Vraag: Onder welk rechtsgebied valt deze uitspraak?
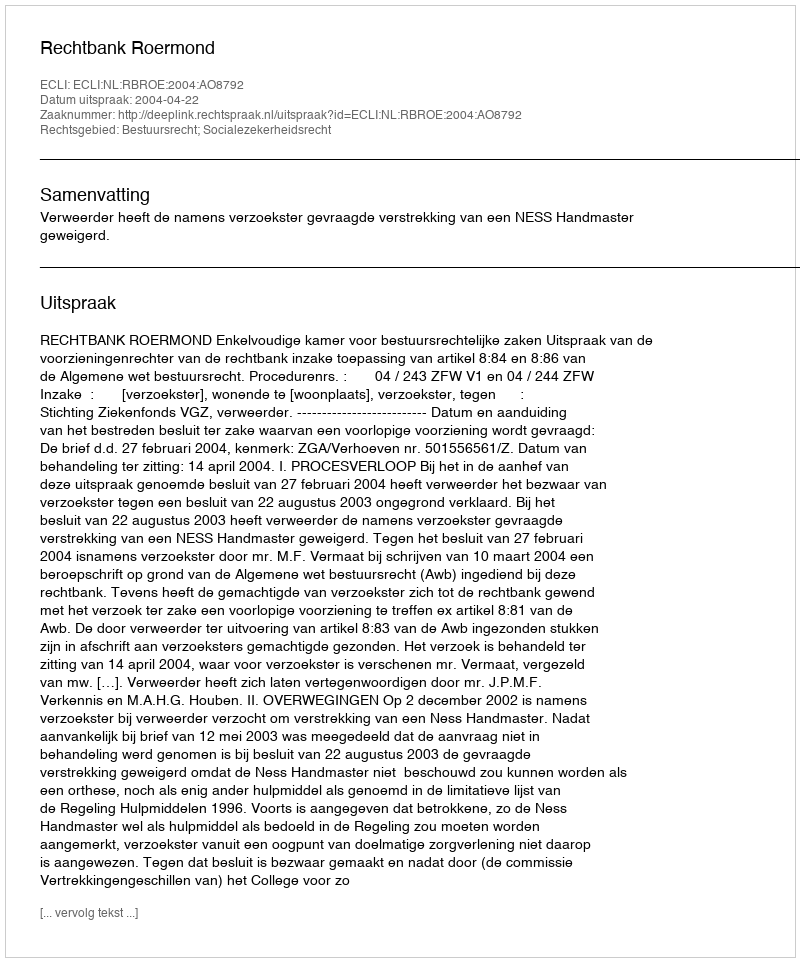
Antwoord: Bestuursrecht; Socialezekerheidsrecht